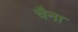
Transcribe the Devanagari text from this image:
चैना